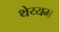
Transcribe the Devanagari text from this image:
थेय्यम